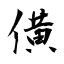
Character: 僙